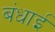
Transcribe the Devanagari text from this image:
बंधाई